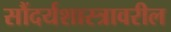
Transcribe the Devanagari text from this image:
सौंदर्यशास्त्रावरील